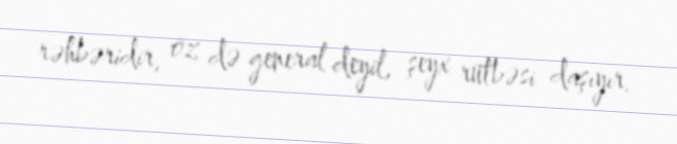
rəhbəridir, öz də general deyil, şeyx rütbəsi daşıyır.